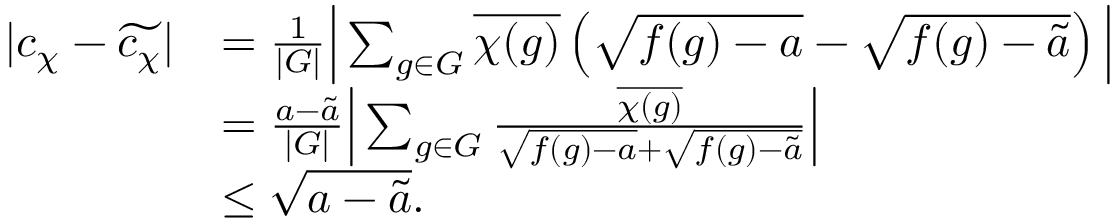
\begin{array} { r l } { | c _ { \chi } - \widetilde { c _ { \chi } } | } & { = \frac { 1 } { | G | } \Big \lvert \sum _ { g \in G } \overline { { \chi ( g ) } } \left( \sqrt { f ( g ) - a } - \sqrt { f ( g ) - \widetilde { a } } \right) \Big \rvert } \\ & { = \frac { a - \widetilde { a } } { | G | } \Big \lvert \sum _ { g \in G } \frac { \overline { { \chi ( g ) } } } { \sqrt { f ( g ) - a } + \sqrt { f ( g ) - \widetilde { a } } } \Big \rvert } \\ & { \le \sqrt { a - \widetilde { a } } . } \end{array}